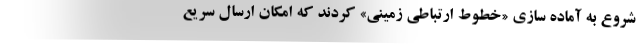
شروع به آماده سازی «خطوط ارتباطی زمینی» کردند که امکان ارسال سریع